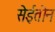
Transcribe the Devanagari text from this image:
सेईतोन